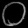
Digit: ၀